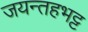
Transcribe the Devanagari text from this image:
जयन्तहभट्ट